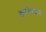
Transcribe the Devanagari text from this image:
कनिन्घम